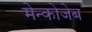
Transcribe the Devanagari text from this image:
मेन्कोजेब